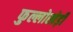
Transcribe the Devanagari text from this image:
फुल्लोखेड़ी